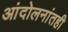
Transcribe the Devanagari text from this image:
आंदोलनांतही